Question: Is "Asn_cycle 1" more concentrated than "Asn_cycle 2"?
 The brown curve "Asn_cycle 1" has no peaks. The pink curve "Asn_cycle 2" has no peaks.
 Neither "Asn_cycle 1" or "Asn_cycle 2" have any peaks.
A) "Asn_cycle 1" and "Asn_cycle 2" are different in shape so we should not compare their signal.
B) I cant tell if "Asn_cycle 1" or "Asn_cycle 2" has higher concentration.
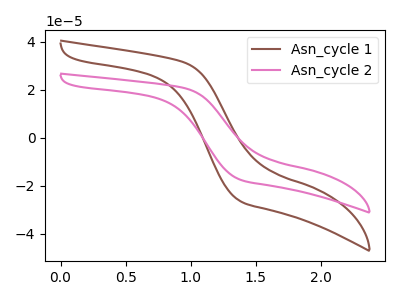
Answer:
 <answer>B) I cant tell if "Asn_cycle 1" or "Asn_cycle 2" has higher concentration.</answer>
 <eval>B</eval>